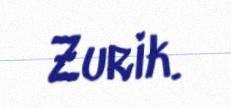
Zurik.